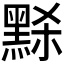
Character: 𪑂